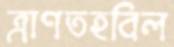
ত্রাণতহবিল